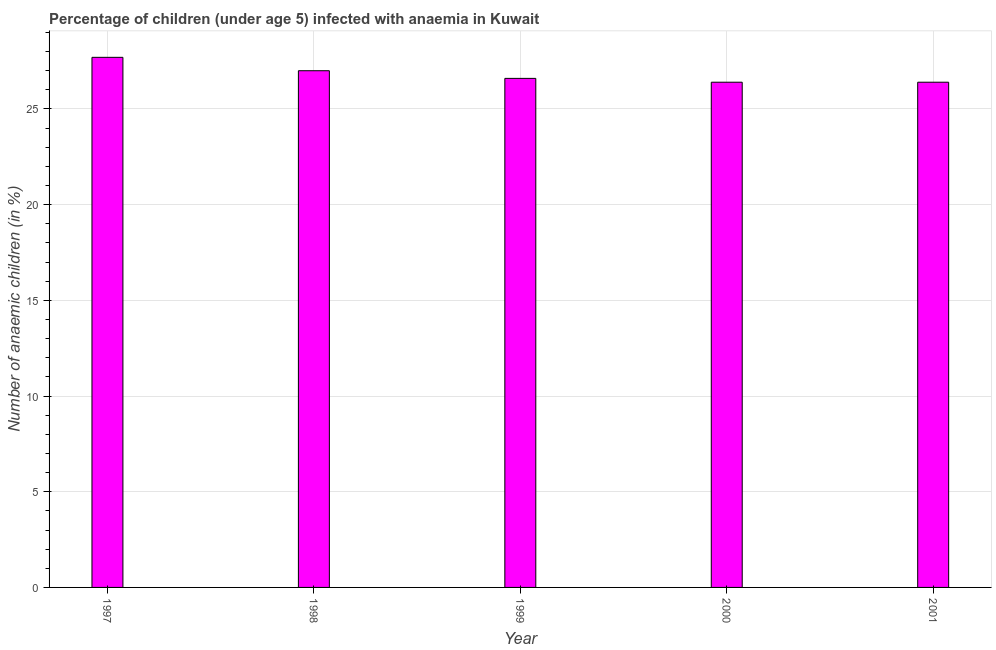
| Year | Prevalence of anemia among children |
 | --- | --- |
 | 1997 | 27.7 |
 | 1998 | 27 |
 | 1999 | 26.6 |
 | 2000 | 26.4 |
 | 2001 | 26.4 |